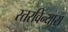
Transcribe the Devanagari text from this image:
स्तरविन्यास